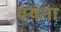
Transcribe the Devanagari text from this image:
वयना